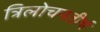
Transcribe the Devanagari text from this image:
त्रिलोचनतीर्थ